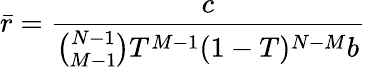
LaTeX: \bar{r}=\frac{c}{\binom{N-1}{M-1}T^{M-1}(1-T)^{N-M}b}